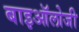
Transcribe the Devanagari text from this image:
बाइऑलोजी